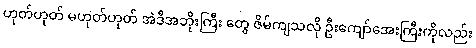
ဟုတ်ဟုတ် မဟုတ်ဟုတ် အဲဒီအဘိုးကြီး တွေ ဇိမ်ကျသလို ဦးကျော်အေးကြီးကိုလည်း